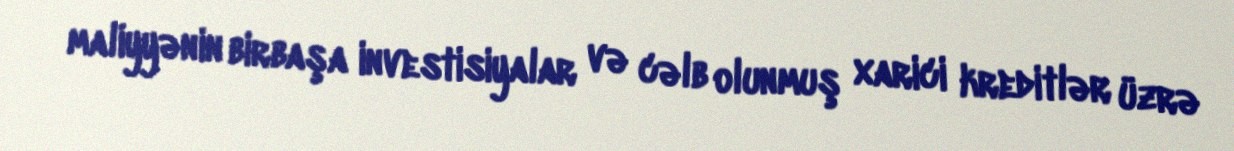
maliyyənin birbaşa investisiyalar və cəlb olunmuş xarici kreditlər üzrə